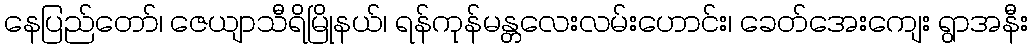
နေပြည်တော်၊ ဇေယျာသီရိမြိုနယ်၊ ရန်ကုန်မန္တလေးလမ်းဟောင်း၊ ခေတ်အေးကျေး ရွာအနီး